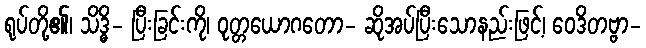
ရုပ်တို့၏၊ သိဒ္ဓိ- ပြီးခြင်းကို၊ ဝုတ္တယောဂတော- ဆိုအပ်ပြီးသောနည်းဖြင့်၊ ဝေဒိတဗ္ဗာ-